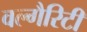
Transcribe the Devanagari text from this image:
वल्गैरिटी